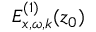
E _ { x , \omega , k } ^ { ( 1 ) } ( z _ { 0 } )